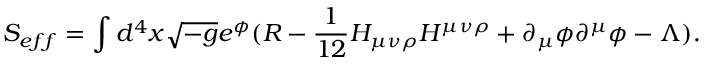
S _ { e f f } = \int d ^ { 4 } x \sqrt { - g } e ^ { \phi } ( R - \frac { 1 } { 1 2 } H _ { \mu \nu \rho } H ^ { \mu \nu \rho } + \partial _ { \mu } \phi \partial ^ { \mu } \phi - \Lambda ) .